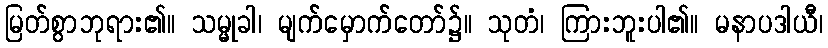
မြတ်စွာဘုရား၏။ သမ္မုခါ၊ မျက်မှောက်တော်၌။ သုတံ၊ ကြားဘူးပါ၏။ မနာပဒါယီ၊